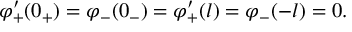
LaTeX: \varphi _ { + } ^ { \prime } ( 0 _ { + } ) = \varphi _ { - } ( 0 _ { - } ) = \varphi _ { + } ^ { \prime } ( l ) = \varphi _ { - } ( - l ) = 0 .